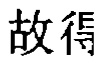
故得